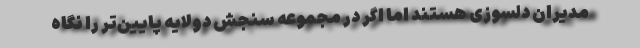
مدیران دلسوزی هستند اما اگر در مجموعه سنجش دولایه پایین‌تر را نگاه